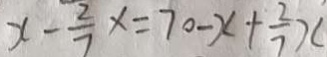
x - \frac { 2 } { 7 } x = 7 0 - x + \frac { 2 } { 7 } x